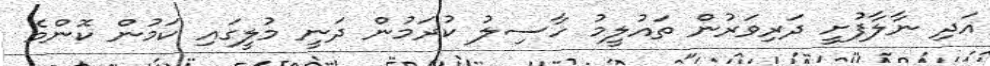
އަދި ނާލާފުށީ ދަރިވަރުން ތައުލީމު ހާސިލު ކުރަމުން ދަނީ މުލީގައި ކަމުން ކޮންމެ